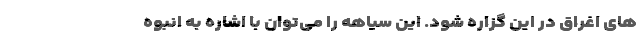
های اغراق در این گزاره شود. این سیاهه را می‌توان با اشاره به انبوه